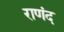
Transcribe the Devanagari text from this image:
राणंद